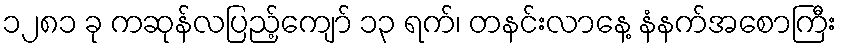
၁၂၈၁ ခု ကဆုန်လပြည့်ကျော် ၁၃ ရက်၊ တနင်းလာနေ့ နံနက်အစောကြီး